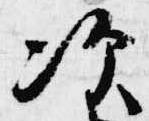
次